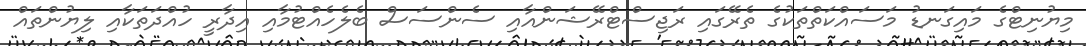
މިޔުނިޓްގެ މައިގަނޑު މަސައްކަތްތަކުގެ ތެރޭގައި ރަޖިސްޓްރޭޝަންއާއި ސެންސަސް ބެލެހެއްޓުމާއި އިދާރީ ހުއްދަތަކާއި ލިޔުންތައް